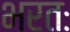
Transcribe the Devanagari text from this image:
भरतः